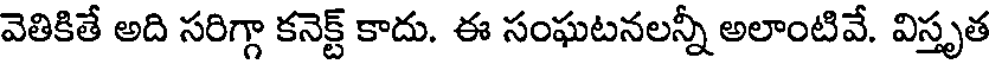
వెతికితే అది సరిగ్గా కనెక్ట్ కాదు. ఈ సంఘటనలన్నీ అలాంటివే. విస్తృత